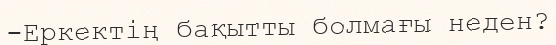
-Еркектің бақытты болмағы неден?